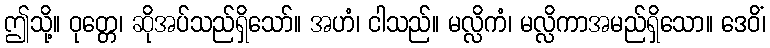
ဤသို့။ ဝုတ္တေ၊ ဆိုအပ်သည်ရှိသော်။ အဟံ၊ ငါသည်။ မလ္လိကံ၊ မလ္လိကာအမည်ရှိသော။ ဒေဝိံ၊